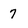
Character: 7